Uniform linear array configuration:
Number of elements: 24
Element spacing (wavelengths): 0.5
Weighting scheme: exponential
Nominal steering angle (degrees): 15
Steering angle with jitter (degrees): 14.076
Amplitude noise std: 0.05
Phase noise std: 0.05

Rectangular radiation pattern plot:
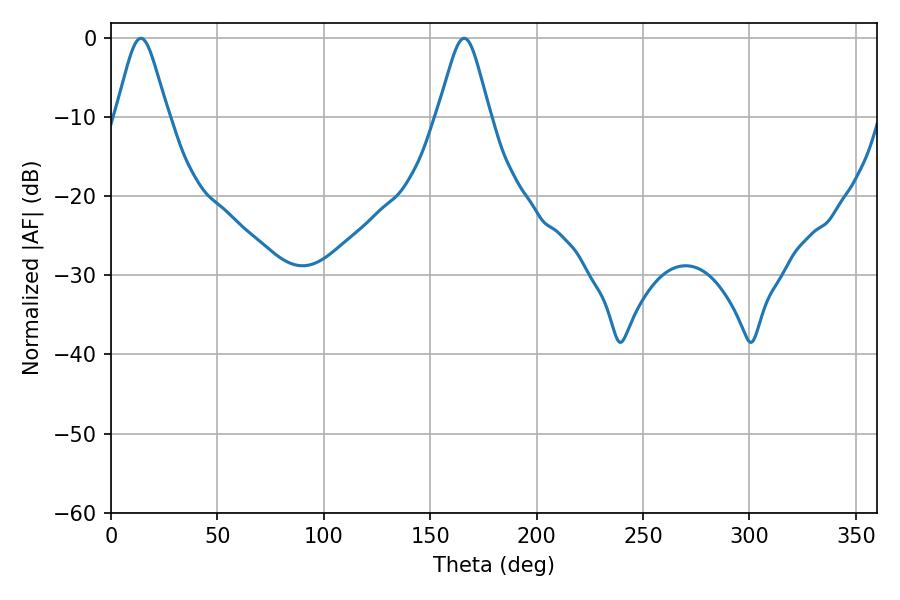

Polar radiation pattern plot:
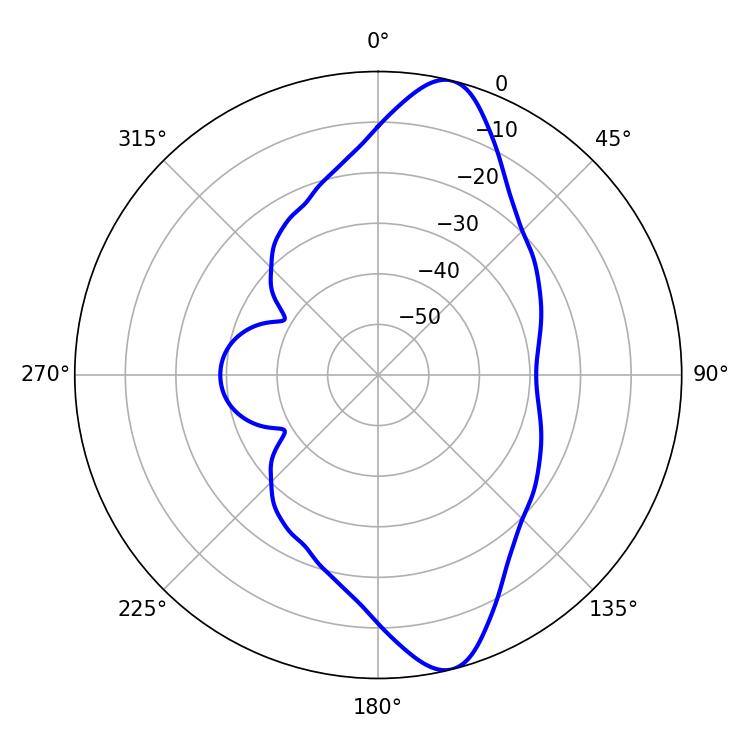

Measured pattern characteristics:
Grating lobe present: FALSE
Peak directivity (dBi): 11.976
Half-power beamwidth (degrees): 11.7
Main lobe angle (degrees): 14.04